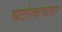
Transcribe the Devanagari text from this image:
घटोत्कचावर